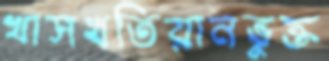
খাসখতিয়ানভুক্ত